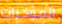
المؤخرات